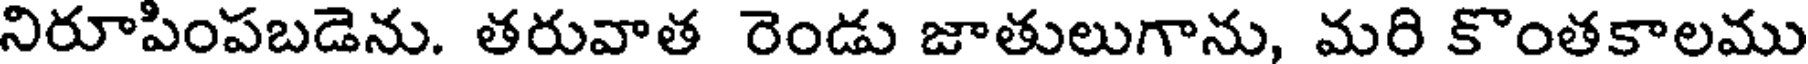
నిరూపింపబడెను. తరువాత రెండు జాతులుగాను, మరి కొంతకాలము